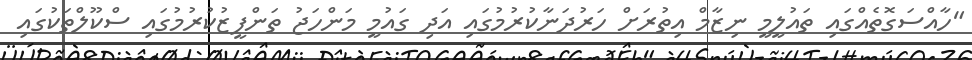
"ހާއްސަގޮތެއްގައި ތައުލީމީ ނިޒާމް އިތުރަށް ހަރުދަނާކުރުމުގައި އަދި ގައުމީ މަންހަޖު ތަންފީޒުކުރުމުގައި ސްކޫލްތަކުގައި